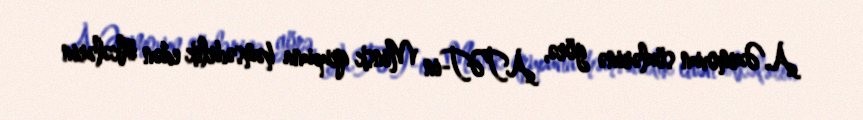
A.Əzimovun sözlərinə görə, ATƏT-in Minsk qrupuna həmsədrlik edən ölkələrin